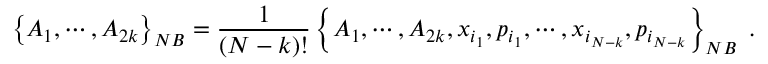
\left\{ A _ { 1 } , \cdots , A _ { 2 k } \right\} _ { { \footnotesize N B } } = \frac { 1 } { \left( N - k \right) ! } \left\{ A _ { 1 } , \cdots , A _ { 2 k } , x _ { i _ { 1 } } , p _ { i _ { 1 } } , \cdots , x _ { i _ { N - k } } , p _ { i _ { N - k } } \right\} _ { { \footnotesize N B } } \; .